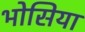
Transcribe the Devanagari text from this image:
भोसिया